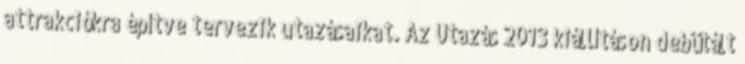
attrakciókra építve tervezik utazásaikat. Az Utazás 2013 kiállításon debütált